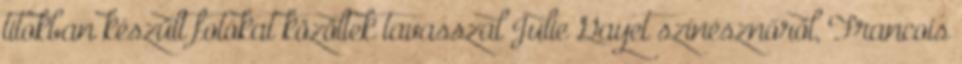
titokban készült fotókat közöltek tavasszal Julie Gayet színésznőről, Francois